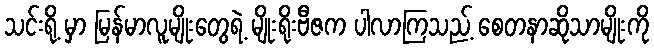
သင်းရို့ မှာ မြန်မာလူမျိုးတွေရဲ့ မျိုးရိုးဗီဇက ပါလာကြသည့် စေတနာဆိုသာမျိုးကို